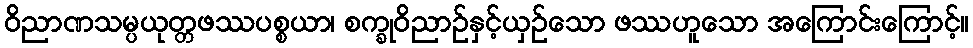
ဝိညာဏသမ္ပယုတ္တဖဿပစ္စယာ၊ စက္ခုဝိညာဉ်နှင့်ယှဉ်သော ဖဿဟူသော အကြောင်းကြောင့်။